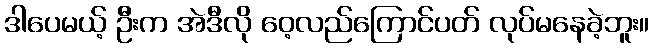
ဒါပေမယ့် ဦးက အဲဒီလို ဝေ့လည်ကြောင်ပတ် လုပ်မနေခဲ့ဘူး။